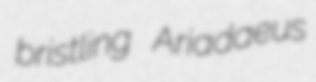
bristling Ariadaeus